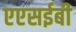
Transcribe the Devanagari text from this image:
एएसईबी